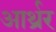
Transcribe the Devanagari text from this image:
आर्थ्रर